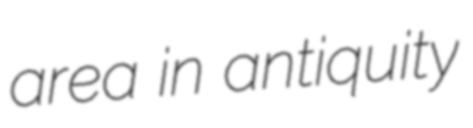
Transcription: area in antiquity